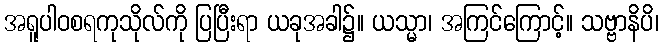
အရူပါဝစရကုသိုလ်ကို ပြပြီးရာ ယခုအခါ၌။ ယသ္မာ၊ အကြင်ကြောင့်။ သဗ္ဗာနိပိ၊